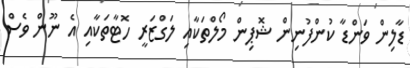
ޑާލިން ވަންޑާ ކުންފުނިން ޝޮޕިން މޯލްތަކާއި ލަގްޒަރީ ހޮޓާތަކާއި އެ ނޫން ވެސް